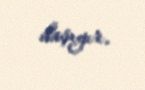
daşıyır.